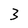
Character: 3